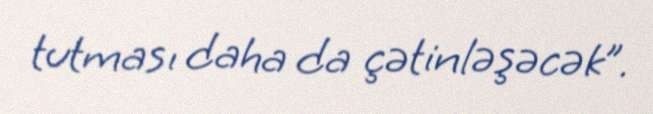
tutması daha da çətinləşəcək”.